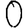
Digit: 0